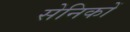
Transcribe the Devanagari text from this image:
सेनिकों